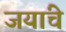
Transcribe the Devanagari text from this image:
जयांचे